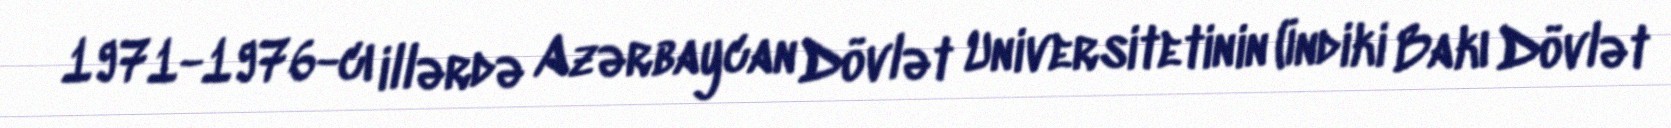
1971-1976-cı illərdə Azərbaycan Dövlət Universitetinin (İndiki Bakı Dövlət